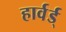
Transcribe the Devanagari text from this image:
हार्वर्ड्